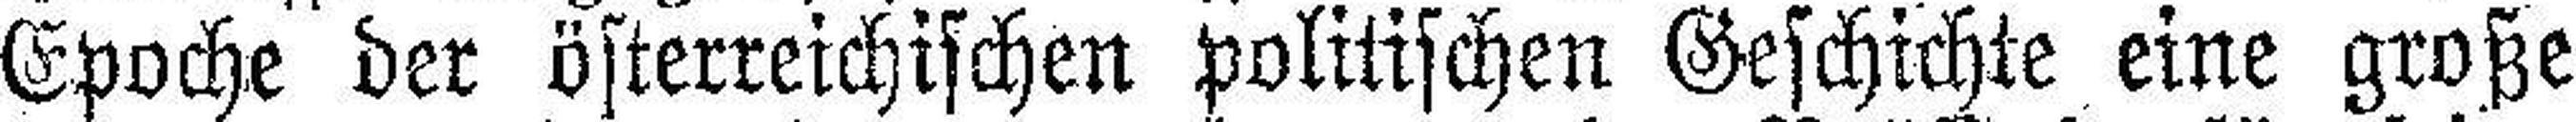
Epoche der österreichischen politischen Geschichte eine große